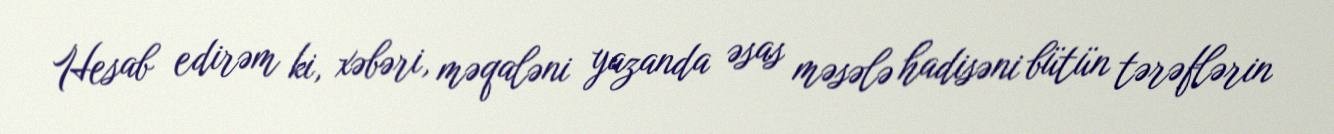
Hesab edirəm ki, xəbəri, məqaləni yazanda əsas məsələ hadisəni bütün tərəflərin